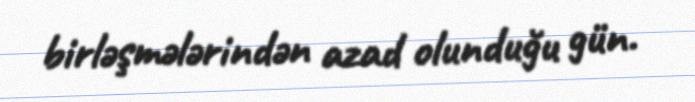
birləşmələrindən azad olunduğu gün.